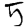
Digit: 5